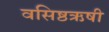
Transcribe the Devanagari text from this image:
वसिष्ठऋषी